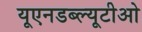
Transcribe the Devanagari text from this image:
यूएनडब्ल्यूटीओ